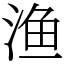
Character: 渔